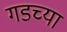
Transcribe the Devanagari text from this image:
गडच्या